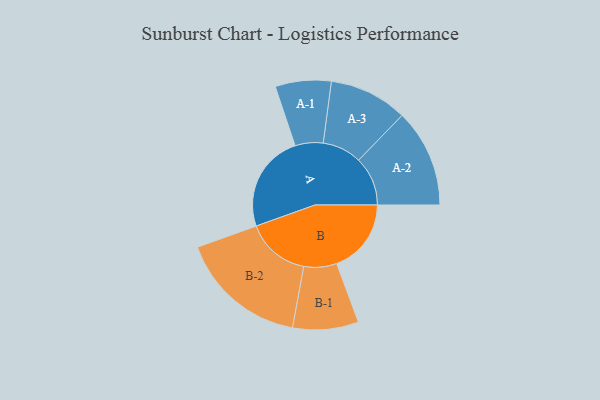
{"axis": {"x": "Segment", "y": "Value"}, "legend": ["", "A", "B"], "data": [{"x": "A", "y": 356, "type": ""}, {"x": "B", "y": 272, "type": ""}, {"x": "A-1", "y": 102, "type": "A"}, {"x": "A-2", "y": 179, "type": "A"}, {"x": "A-3", "y": 143, "type": "A"}, {"x": "B-1", "y": 120, "type": "B"}, {"x": "B-2", "y": 234, "type": "B"}]}